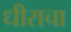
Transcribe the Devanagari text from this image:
धीराचा